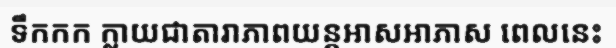
ទឹកកក ក្លាយជាតារាភាពយន្តអាសអាភាស ពេលនេះ